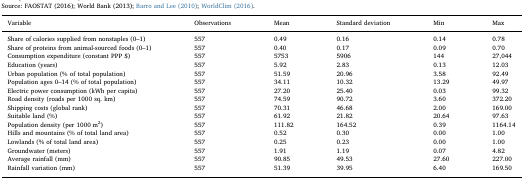
<table><thead><tr><td><b>Variable</b></td><td><b>Observations</b></td><td><b>Mean</b></td><td><b>Standard deviation</b></td><td><b>Min</b></td><td><b>Max</b></td></tr></thead><tbody><tr><td>Share of calories supplied from nonstaples (0–1)</td><td>557</td><td>0.49</td><td>0.16</td><td>0.14</td><td>0.78</td></tr><tr><td>Share of proteins from animal-sourced foods (0–1)</td><td>557</td><td>0.40</td><td>0.17</td><td>0.09</td><td>0.70</td></tr><tr><td>Consumption expenditure (constant PPP $)</td><td>557</td><td>5753</td><td>5906</td><td>144</td><td>27,044</td></tr><tr><td>Education (years)</td><td>557</td><td>5.92</td><td>2.83</td><td>0.13</td><td>12.03</td></tr><tr><td>Urban population (% of total population)</td><td>557</td><td>51.59</td><td>20.96</td><td>3.58</td><td>92.49</td></tr><tr><td>Population ages 0–14 (% of total population)</td><td>557</td><td>34.11</td><td>10.32</td><td>13.29</td><td>49.97</td></tr><tr><td>Electric power consumption (kWh per capita)</td><td>557</td><td>27.20</td><td>25.40</td><td>0.03</td><td>99.32</td></tr><tr><td>Road density (roads per 1000 sq. km)</td><td>557</td><td>74.59</td><td>90.72</td><td>3.60</td><td>372.20</td></tr><tr><td>Shipping costs (global rank)</td><td>557</td><td>70.31</td><td>46.68</td><td>2.00</td><td>169.00</td></tr><tr><td>Suitable land (%)</td><td>557</td><td>61.92</td><td>21.82</td><td>20.64</td><td>97.63</td></tr><tr><td>Population density (per 1000 m<sup>2</sup>)</td><td>557</td><td>111.82</td><td>164.52</td><td>0.39</td><td>1164.14</td></tr><tr><td>Hills and mountains (% of total land area)</td><td>557</td><td>0.52</td><td>0.30</td><td>0.00</td><td>1.00</td></tr><tr><td>Lowlands (% of total land area)</td><td>557</td><td>0.25</td><td>0.23</td><td>0.00</td><td>1.00</td></tr><tr><td>Groundwater (meters)</td><td>557</td><td>1.91</td><td>1.19</td><td>0.07</td><td>4.82</td></tr><tr><td>Average rainfall (mm)</td><td>557</td><td>90.85</td><td>49.53</td><td>27.60</td><td>227.00</td></tr><tr><td>Rainfall variation (mm)</td><td>557</td><td>51.39</td><td>39.95</td><td>6.40</td><td>169.50</td></tr></tbody></table>